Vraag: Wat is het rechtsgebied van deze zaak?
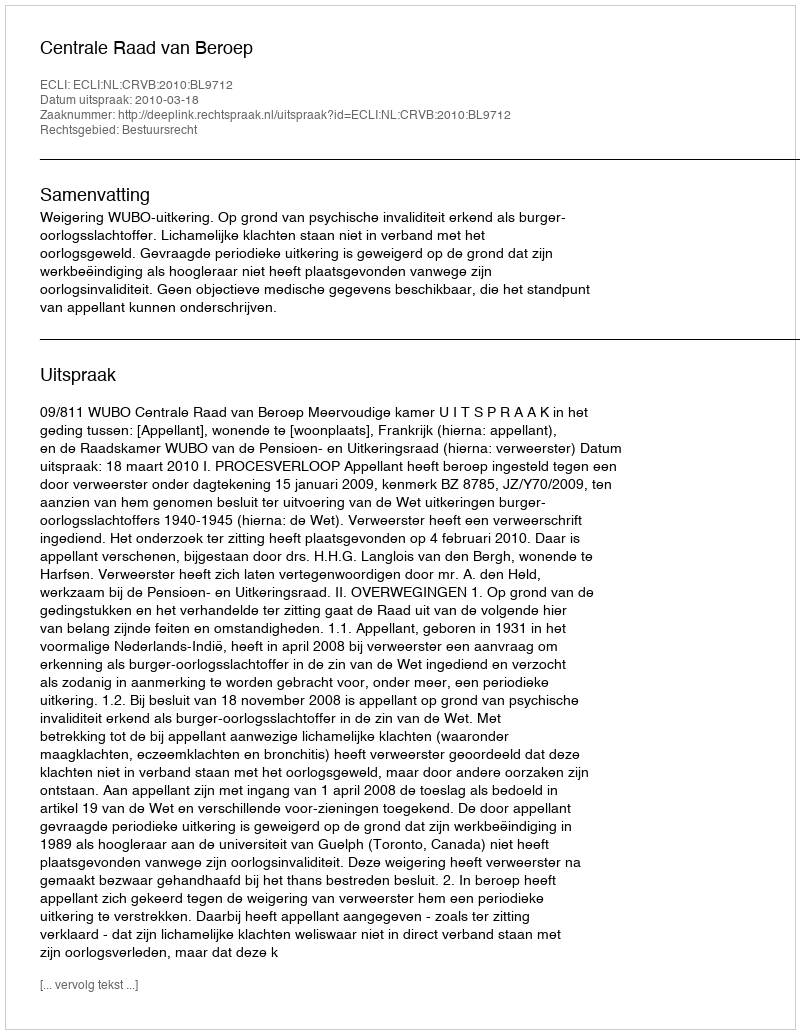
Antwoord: Bestuursrecht